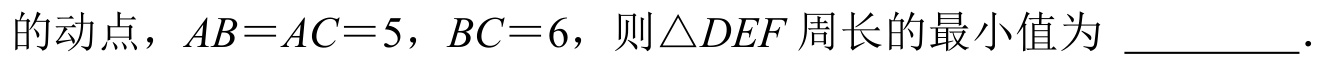
的动点，\(AB = AC = 5\)，\(BC = 6\)，则\(\triangle DEF\) 周长的最小值为 \(\underline{\quad\quad}\).